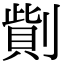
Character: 𠟓